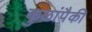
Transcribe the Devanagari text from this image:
कुळांपैकी